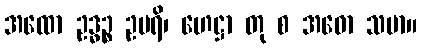
အထော ဥဒ္ဓဉ္စ ဥပရိ၊ ဟေဋ္ဌာ တု စ အဓော သမာ။